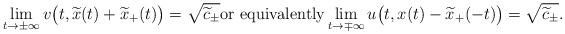
LaTeX: \begin{align*}\lim_{t\to\pm\infty} v\big(t,\widetilde{x}(t)+\widetilde{x}_+(t)\big)=\sqrt{\widetilde{c}_\pm} \hbox{or equivalently} \lim_{t\to\mp\infty} u\big(t,x(t)-\widetilde{x}_+(-t)\big)=\sqrt{\widetilde{c}_\pm}.\end{align*}